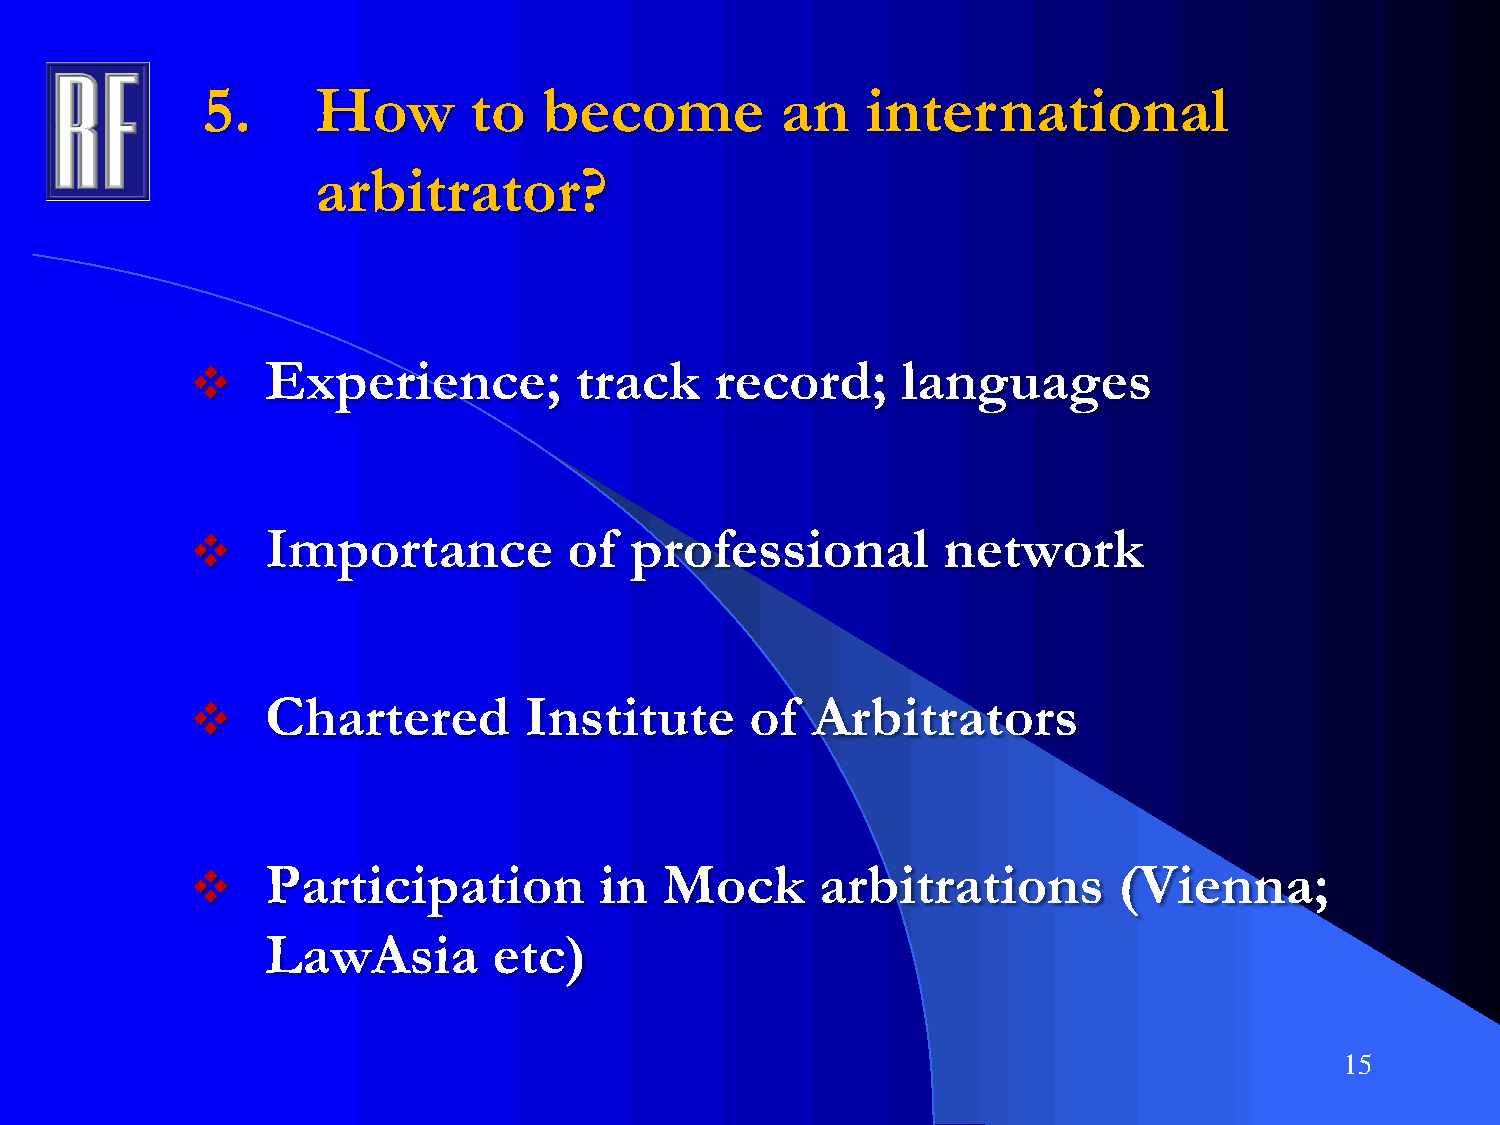
5.      How       to   become          an   international
 arbitrator?
     Experience;         track    record;      languages
     Importance          of  professional        network
     Chartered        Institute      of  Arbitrators
     Participation         in  Mock      arbitrations        (Vienna;
 LawAsia        etc)
 15